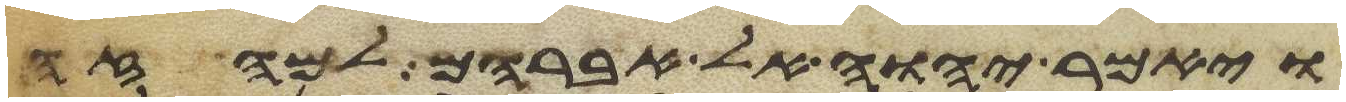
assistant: ויאמר יהוה אל אברהם למה זה